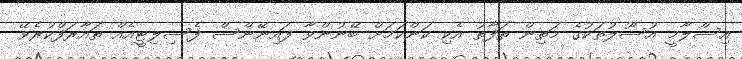
އިސްލާމީ އުސޫލުތަކުގެ މަތިން ތަފާތު އެކި ކަންކަމަށް ބޭނުންވާ ފައިނޭންސް ފެސިލިޓީއެއް ތައާރަފްކުރެވޭ